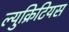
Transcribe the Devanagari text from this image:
ल्युक्रिटियस